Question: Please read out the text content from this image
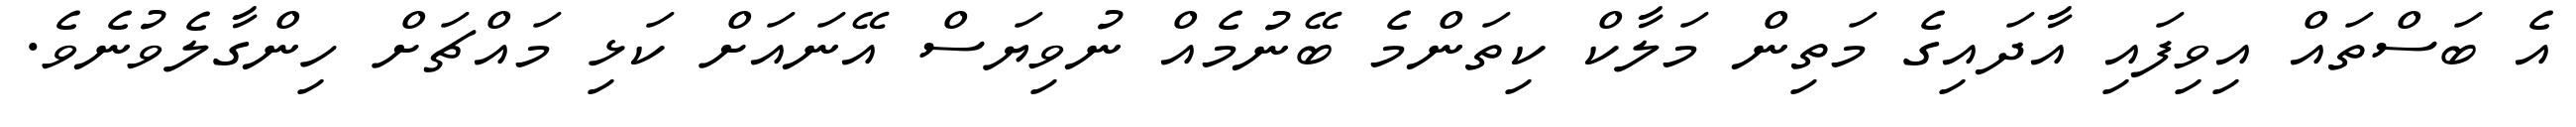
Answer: އެ ބަސްތައް އިވިފައި އާދައިގެ މަތިން މަލާކް ކިތަންމެ ބޭނުމެއް ނުވިޔަސް އޭނައަށް ކަޅި މައްޗަށް ހިންގާލެވުނެވެ.